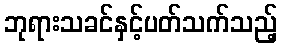
ဘုရားသခင်နှင့်ပတ်သက်သည့်